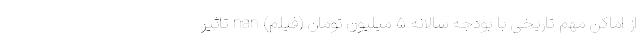
از اماکن مهم تاریخی با بودجه سالانه ۵ میلیون تومان (فیلم) nan تاثیر